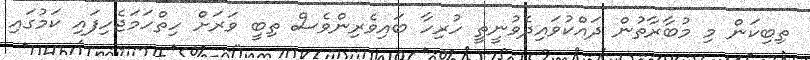
ތިބިކަން މި މުބާރާތުން ދައްކުވައިދެވުނީތީ ހުރިހާ ބައިވެރިންވެސް ތިބީ ވަރަށް ހިތްހަމަޖެހިފައި ކަމުގައި